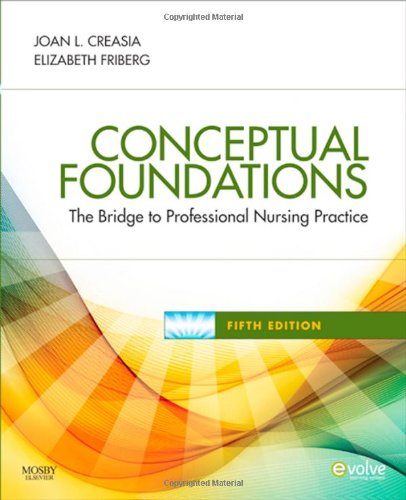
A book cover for Conceptual Foundations: The Bridge to Professional Nursing Practice, 5e; Joan L. Creasia PhD  RN; Medical Books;